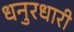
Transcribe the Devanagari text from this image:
धनुरधारी